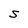
Character: S